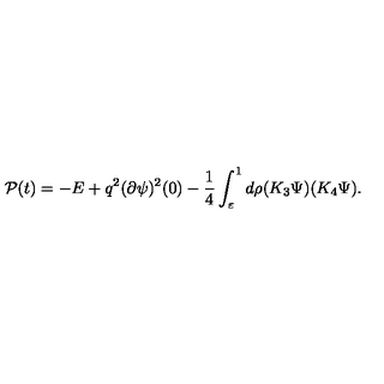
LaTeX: { \cal P } ( t ) = - E + q ^ { 2 } ( \partial \psi ) ^ { 2 } ( 0 ) - \frac 1 4 \int _ { \varepsilon } ^ { 1 } d \rho ( K _ { 3 } \Psi ) ( K _ { 4 } \Psi ) .